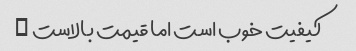
کیفیت خوب است اما قیمت بالاست …